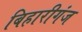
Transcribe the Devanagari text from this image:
बिहारीगंज